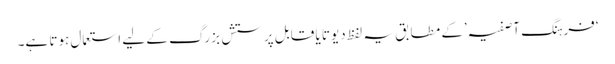
‘فرہنگِ آصفیہ’کے مطابق یہ لفظ دیوتا یا قابلِ پرستش بزرگ کے لیے استعمال ہوتا ہے۔